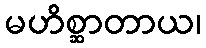
မဟိစ္ဆာတာယ၊